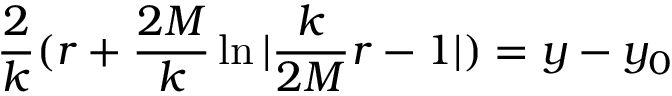
\frac { 2 } { k } ( r + \frac { 2 M } { k } \ln | \frac { k } { 2 M } r - 1 | ) = y - y _ { 0 }